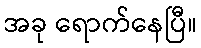
အခု ရောက်နေပြီ။